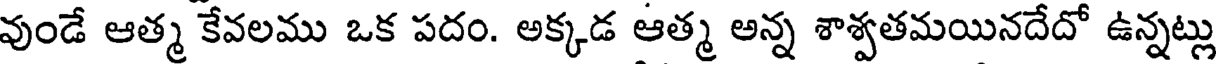
వుండే ఆత్మ కేవలము ఒక పదం. అక్కడ ఆత్మ అన్న శాశ్వతమయినదేదో ఉన్నట్లు